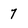
Character: 7